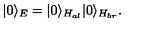
| 0 \rangle _ { E } = | 0 \rangle _ { H _ { a l } } | 0 \rangle _ { H _ { b r } } .